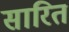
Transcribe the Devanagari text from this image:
सारित